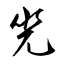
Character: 兕